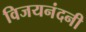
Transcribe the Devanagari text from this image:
विजयनंदनी